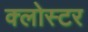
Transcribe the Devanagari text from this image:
क्लोस्टर